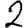
Digit: 2